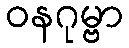
ဝနဂုမ္ဗာ